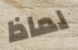
لماذا